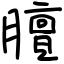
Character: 膻